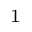
_ { 1 }